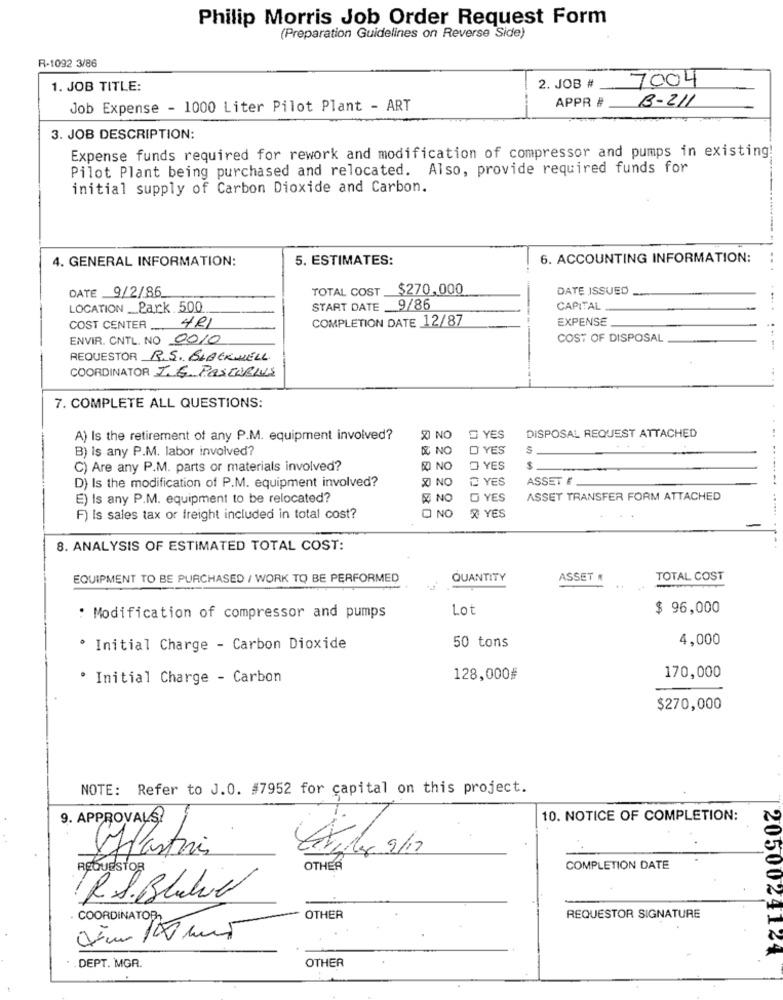
Philip Morris Job Order Request Form
(Preparation Guidelines on Reverse Side)
R-1092 3/86
7004
1. JOB TITLE:
2. JOB #
APPR #
B-211
Job Expense - 1000 Liter Pilot Plant - ART
3. JOB DESCRIPTION:
Expense funds required for rework and modification of compressor and pumps in existing!
Pilot Plant being purchased and relocated. Also, provide required funds for
initial supply of Carbon Dioxide and Carbon.
4. GENERAL INFORMATION:
5. ESTIMATES:
6. ACCOUNTING INFORMATION:
..
DATE _9/2/86
TOTAL COST $270,000
DATE ISSUED
LOCATION _Park .500.
START DATE _9/86
CAPITAL
COMPLETION DATE 12/87
EXPENSE
COST CENTER ...
4RI
ENVIR. CNTL. NO 0010
COST OF DISPOSAL
REQUESTOR R.S. BLACKWELL
COORDINATOR J.G. PASCOLIUS
7. COMPLETE ALL QUESTIONS:
A) Is the retirement of any P.M. equipment involved?
SI NO
YES
DISPOSAL REQUEST ATTACHED
B) Is any P.M. labor involved?
& NO
D YES
C) Are any P.M. parts or materials involved?
NO
YES
X NO
₾ YES
ASSET E
D) Is the modification of P.M. equipment involved?
E) Is any P.M. equipment to be relocated?
O YES
ASSET TRANSFER FORM ATTACHED
O NO
F) Is sales tax or freight included in total cost?
R YES
8. ANALYSIS OF ESTIMATED TOTAL COST:
EQUIPMENT TO BE PURCHASED / WORK TO BE PERFORMED
QUANTITY
ASSET
TOTAL COST
Lot
$ 96,000
: Modification of compressor and pumps
4,000
· Initial Charge - Carbon Dioxide
50 tons
· Initial Charge - Carbon
128,000#
170,000
$270,000
NOTE: Refer to J.0. #7952 for capital on this project.
10. NOTICE OF COMPLETION:
9. APPROVALS?
plastiis
REQUESTOR
OTHER
COMPLETION DATE
R.S. Blahve
OTHER
REQUESTOR SIGNATURE
COORDINATOR
2050024124
DEPT. MGR.
OTHER